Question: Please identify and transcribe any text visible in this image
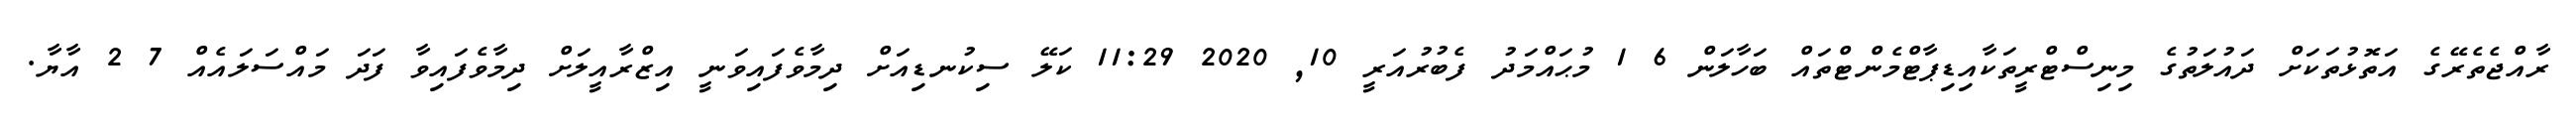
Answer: ރާއްޖެތެރޭގެ އަތޮޅުތަކަށް ދައުލަތުގެ މިނިސްޓްރީތަކާއިޑިޕާޓްމެންޓްތައް ބަހާލަން 6 1 މުޙައްމަދު ފެބުރުއަރީ 10, 2020 11:29 ކަލޭ ސިކުނޑިއަށް ދިމާވެފައިވަނީ އިޒްރާއީލަށް ދިމާވެފައިވާ ފަދަ މައްސަލައެއް 7 2 އާޔާ.